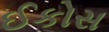
ઈકોસ